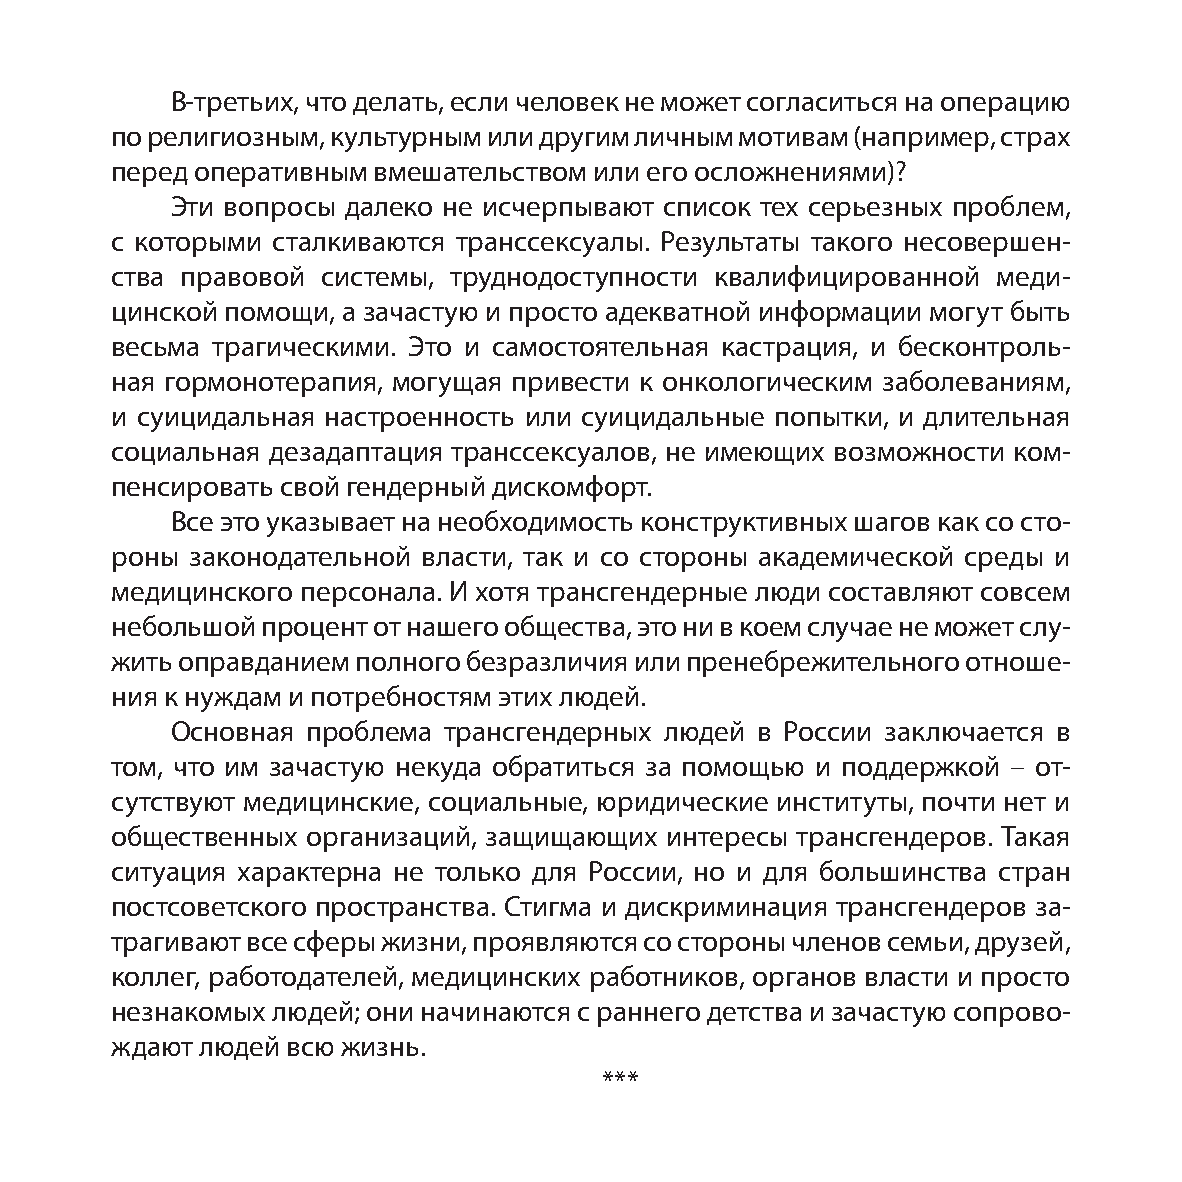
В-третьих, что делать, если человек не может согласиться на операцию
 по религиозным, культурным или другим личным мотивам (например, страх
 перед оперативным вмешательством или его осложнениями)?
 Эти вопросы далеко не исчерпывают список тех серьезных проблем,
 с которыми сталкиваются транссексуалы. Результаты такого несовершен-
 ства правовой системы, труднодоступности квалифицированной меди-
 цинской помощи, а зачастую и просто адекватной информации могут быть
 весьма трагическими. Это и самостоятельная кастрация, и бесконтроль-
 ная гормонотерапия, могущая привести к онкологическим заболеваниям,
 и суицидальная настроенность или суицидальные попытки, и длительная
 социальная дезадаптация транссексуалов, не имеющих возможности ком-
 пенсировать свой гендерный дискомфорт.
 Все это указывает на необходимость конструктивных шагов как со сто-
 роны  законодательной власти, так и со стороны академической среды и
 медицинского персонала. И хотя трансгендерные люди составляют совсем
 небольшой процент от нашего общества, это ни в коем случае не может слу-
 жить оправданием полного безразличия или пренебрежительного отноше-
 ния к нуждам и потребностям этих людей.
 Основная проблема трансгендерных людей в России заключается в
 том, что им зачастую некуда обратиться за помощью и поддержкой – от-
 сутствуют медицинские, социальные, юридические институты, почти нет и
 общественных организаций, защищающих интересы трансгендеров. Такая
 ситуация характерна не только для России, но и для большинства стран
 постсоветского пространства. Стигма и дискриминация трансгендеров за-
 трагивают все сферы жизни, проявляются со стороны членов семьи, друзей,
 коллег, работодателей, медицинских работников, органов власти и просто
 незнакомых людей; они начинаются с раннего детства и зачастую сопрово-
 ждают людей всю жизнь.
 ***